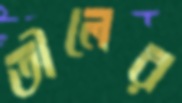
তীলের